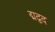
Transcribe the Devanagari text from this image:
द्मद्वद